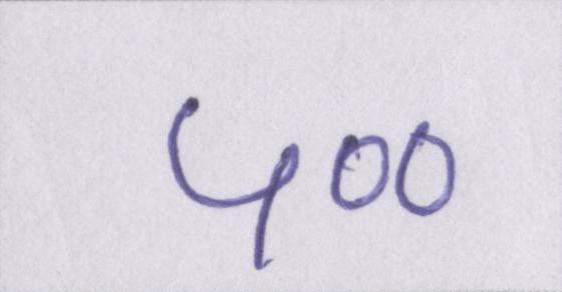
५००